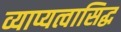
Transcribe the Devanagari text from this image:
व्याप्यत्वासिद्ध